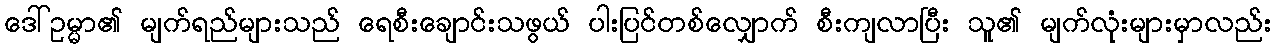
ဒေါ်ဥမ္မာ၏ မျက်ရည်များသည် ရေစီးချောင်းသဖွယ် ပါးပြင်တစ်လျှောက် စီးကျလာပြီး သူ၏ မျက်လုံးများမှာလည်း